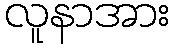
လူနာအား